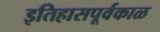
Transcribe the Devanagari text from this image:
इतिहासपूर्वकाळ